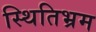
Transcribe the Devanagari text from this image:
स्थितिभ्रम